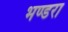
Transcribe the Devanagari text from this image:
भण्डरा